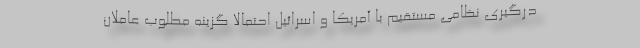
درگیری نظامی مستقیم با آمریکا و اسرائیل احتمالا گزینه مطلوب عاملان